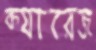
ক্যারেজ